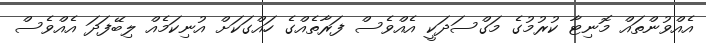
އެެއްވުންތައް މޮނިޓާ ކުރުމުގެ މަގްސަދަކީ އެއްވެސް ފަރާތެއްގެ ހައްގަކަށް އުނިކަމެއް ލިބޭފަދަ އެއްވެސް